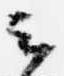
云